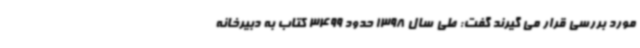
مورد بررسی قرار می گیرند گفت: طی سال 1398 حدود 3499 کتاب به دبیرخانه